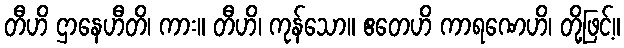
တီဟိ ဌာနေဟီတိ၊ ကား။ တီဟိ၊ ကုန်သော။ ဧတေဟိ ကာရဏေဟိ၊ တို့ဖြင့်။